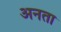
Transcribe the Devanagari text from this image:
अनता